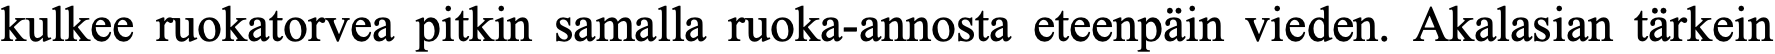
kulkee ruokatorvea pitkin samalla ruoka-annosta eteenpäin vieden. Akalasian tärkein